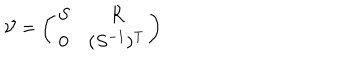
{ \cal { V } } = \left( \begin{array} { c c } { { S } } & { { R } } \\ { { 0 } } & { { ( S ^ { - 1 } ) ^ { \mathrm { T } } } } \\ \end{array} \right)